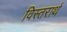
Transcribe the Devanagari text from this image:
विस्तरार्थ